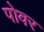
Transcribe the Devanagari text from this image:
पोवर